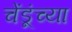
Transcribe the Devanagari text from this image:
चेंडूंच्या